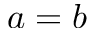
a = b